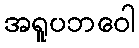
အရူပဘဝေါ